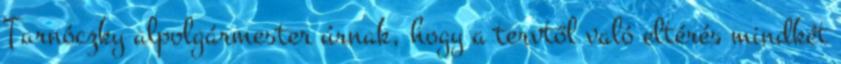
Tarnóczky alpolgármester úrnak, hogy a tervtől való eltérés mindkét